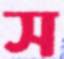
স